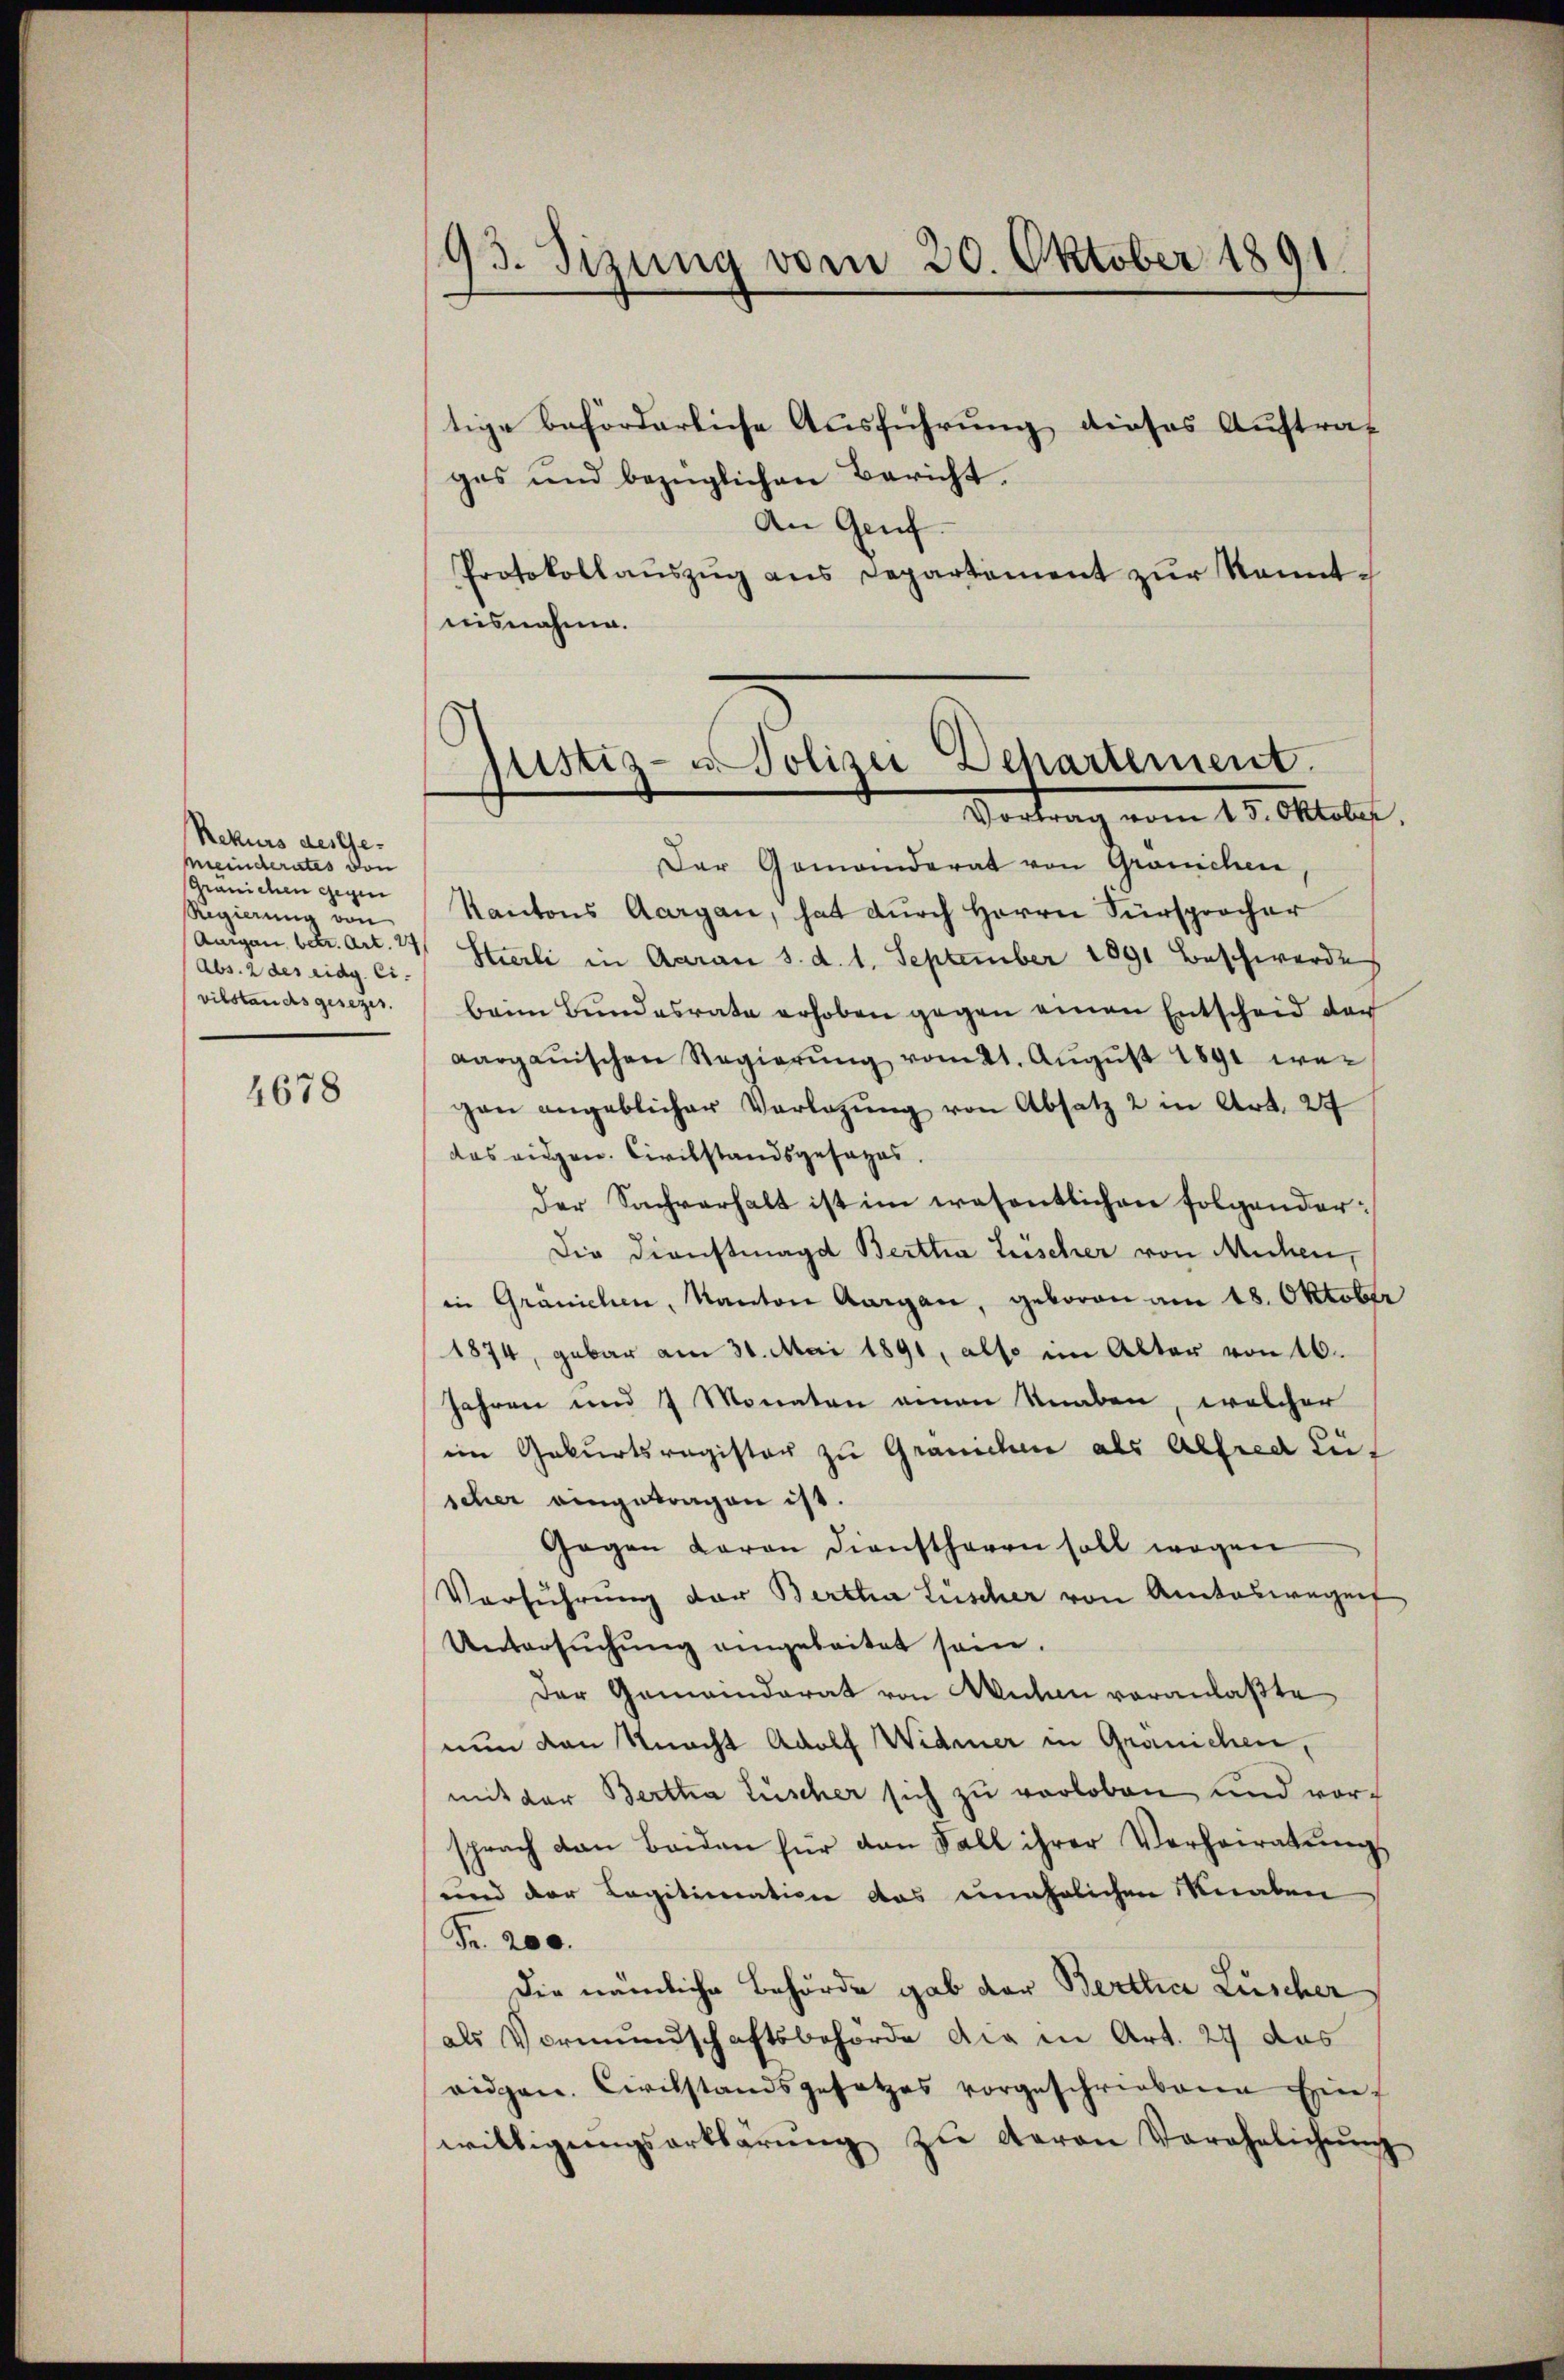
Rekurs des Ge-
meinderates von
Gränichen gegen
Regierung von
Aurgau, betr. Art. 24
(Abs. 2 des eidg. Ci-
vilstandes gesezes.

4678

93. Sizung vom 30. Oktober 1891.

tige beförderliche Ausführung dieses Auftrag
gas und bezüglichen Bericht.
An Genf.
Protokollaŭszŭg ans Departement zŭr Kennt-
nisnahme.

.
Justiz- u Polizei Departement.
Vertrag vom 23. Oktobr.

Der Gemanderat von Gränichen
Kantons Aargau, hat durch Herrn Fürsprocher
Stierli in Aarau s. d. 1. September 1891 Beschwerde
beim Bundesrate erhoben gegen einen Entscheid der
Aargauischen Regierŭng vom 21. Aŭgŭst 1891 wegen angeblicher Verlegŭng von Absatz 2 in Art. 24
das eidgen. Civilstandsgesages.
Der Sachverhalt ist im wesentlichen folgender:
Die Dienstmagd Bertha Luischer von Michen,
in Granichen, Kanton Aargau, geboren am 18. Oktober
1874, gebar am 30. Mai 1891, also im Alter von 16.
Jahren und 7 Monaten einen Knaben, welchen
im Geburtsregister zu Gränichen als Alfred Lüt
scher eingetragen ist.
Gegen daran dienstherrn soll wegen
Verführung der Bertha Lüscher von Amtswegen
Untersŭchŭng angeleitet sein.
Der Gemeinderat von Muten voranlaßte
nun den Knacht Adolf Widmer in Gränichen,
mit der Bertha Lüscher sich zu verloben und vorsprach den Beiden für dan Fall ihrer Verheiratŭng
und der Legitimation das unehrlichen Knaben
Fr. 200.
Die nämliche Behörde gab der Bertha Lüscher
als Vormundschaftsbehörde die in Art. 27 das
ridgen. Civilstandsgesetzes vorgeschriebene Einwilligŭngserklärŭng zŭ geren Verehelichŭng